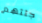
جثثهم